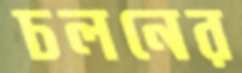
চলনের